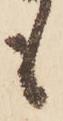
も